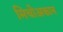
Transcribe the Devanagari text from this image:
मिचोअकान